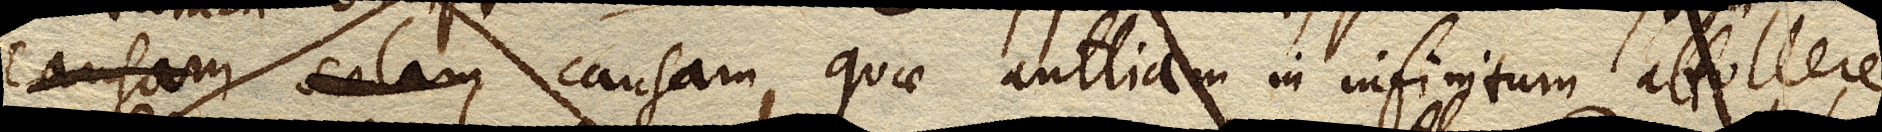
solam causam quae causam solam causam, quae Antliam in infinitum attollere neget